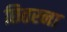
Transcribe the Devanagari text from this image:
छितरना